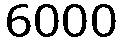
6000